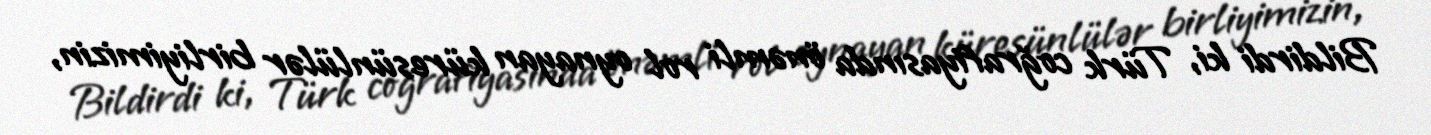
Bildirdi ki, Türk coğrafiyasında önəmli rol oynayan küresünlülər birliyimizin,